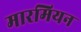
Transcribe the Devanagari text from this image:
मारमियन